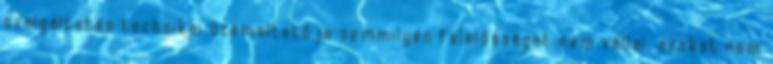
szolgáltatás technikai üzemeltetője semmilyen felelősséget nem vállal, azokat nem